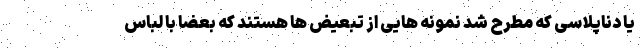
یا دناپلاسی که مطرح شد نمونه هایی از تبعیض ها هستند که بعضا با لباس